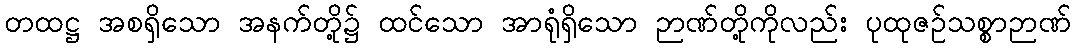
တထဋ္ဌ အစရှိသော အနက်တို့၌ ထင်သော အာရုံရှိသော ဉာဏ်တို့ကိုလည်း ပုထုဇဉ်သစ္စာဉာဏ်